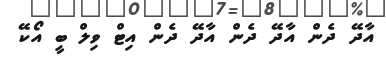
އާދޭ ދެން އާދޭ ދެން އާދޭ ދެން އިޓް ވިލް ބީ އޯކޭ